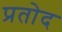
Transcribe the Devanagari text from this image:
प्रतोद